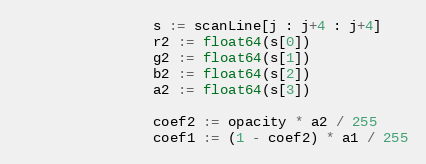
Language: Go
				s := scanLine[j : j+4 : j+4]
				r2 := float64(s[0])
				g2 := float64(s[1])
				b2 := float64(s[2])
				a2 := float64(s[3])

				coef2 := opacity * a2 / 255
				coef1 := (1 - coef2) * a1 / 255